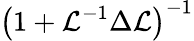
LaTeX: \left(1+\mathcal{L}^{-1}\Delta\mathcal{L}\right)^{-1}